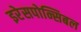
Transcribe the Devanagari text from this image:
इरेसपोन्सिबल